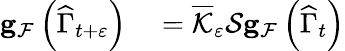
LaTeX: \begin{array}{rl}{\mathbf{g}_{\mathcal{F}}\left(\widehat{\Gamma}_{t+\varepsilon}\right)}&{{}=\overline{{\mathcal{K}}}_{\varepsilon}\mathcal{S}\mathbf{g}_{\mathcal{F}}\left(\widehat{\Gamma}_{t}\right)}\end{array}